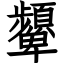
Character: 顰